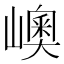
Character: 㠗